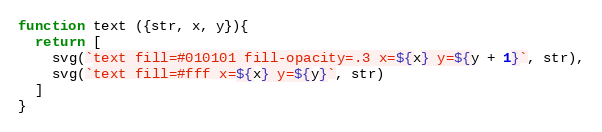
Language: JavaScript
function text ({str, x, y}){
  return [
    svg(`text fill=#010101 fill-opacity=.3 x=${x} y=${y + 1}`, str),
    svg(`text fill=#fff x=${x} y=${y}`, str)
  ]
}